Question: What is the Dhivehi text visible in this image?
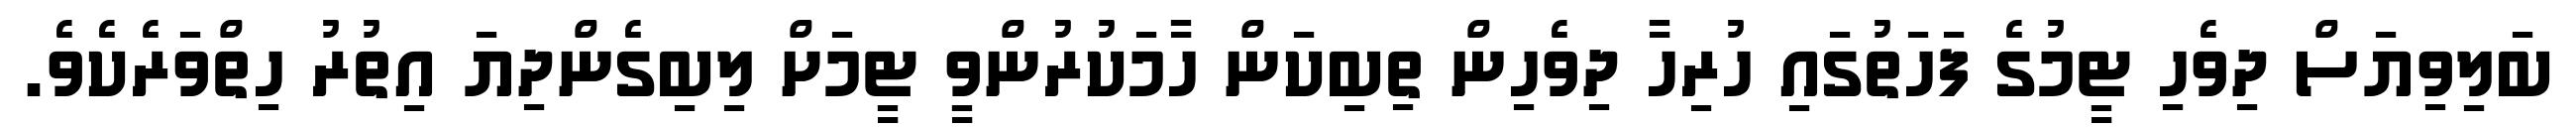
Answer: ބަލިވިޔަސް ދިވެހި ޓީމުގެ ފަހަތުގައި ހުރިހާ ދިވެހިން ތިބިކަން ހާމަކުރުންވީ ޓީމަށް ލިބިގެންދިޔަ އިތުރު ހިތްވަރެކެވެ.